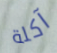
آكلة